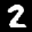
Label: 2